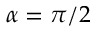
\alpha = \pi / 2